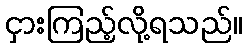
ငှားကြည့်လို့ရသည်။